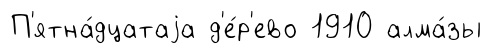
П'ятна́дцатаjа д'е́р'ево 1910 алма́зы